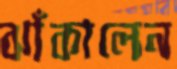
ঝাঁকালেন